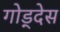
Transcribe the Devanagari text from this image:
गोड्देस